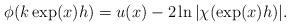
LaTeX: \begin{align*}\phi(k\exp(x)h) = u(x)-2\ln|\chi(\exp(x)h)|.\end{align*}